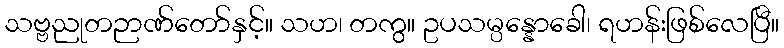
သဗ္ဗညုတဉာဏ်တော်နှင့်။ သဟ၊ တကွ။ ဥပသမ္ပန္နောခေါ၊ ရဟန်းဖြစ်လေပြီ။